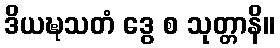
ဒိယဍ္ဎသတံ ဒွေ စ သုတ္တာနိ။